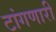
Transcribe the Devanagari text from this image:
टांगणारी